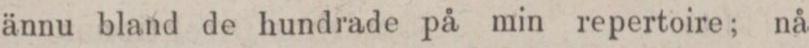
ännu bland de hundrade på min repertoire; nå